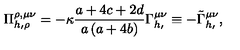
\Pi _ { h _ { \prime } \rho } ^ { \rho , \mu \nu } = - \kappa \frac { a + 4 c + 2 d } { a \left( a + 4 b \right) } \Gamma _ { h _ { \prime } } ^ { \mu \nu } \equiv - \tilde { \Gamma } _ { h _ { \prime } } ^ { \mu \nu } ,